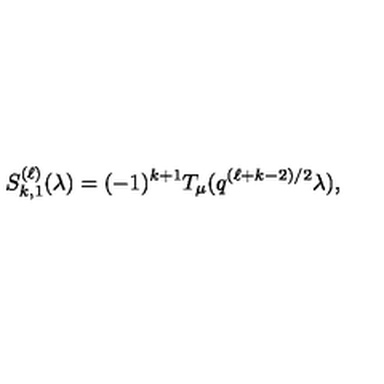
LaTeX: S _ { k , 1 } ^ { ( \ell ) } ( \lambda ) = ( - 1 ) ^ { k + 1 } T _ { \mu } ( q ^ { ( \ell + k - 2 ) / 2 } \lambda ) ,